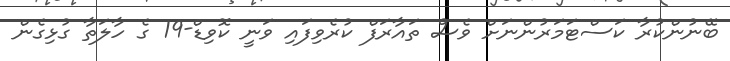
ބޭނުންކުރާ ކަސްޓަމަރުންނަށް ވެސް ތައާރަފް ކުރެވިފައި ވަނީ ކޮވިޑް-19 ގެ ހާލަތާ ގުޅިގެން